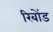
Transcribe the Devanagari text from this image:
रिबोंड